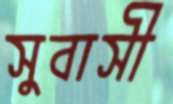
সুবাসী